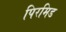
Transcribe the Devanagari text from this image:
पिरमिड